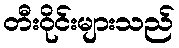
တီးဝိုင်းများသည်